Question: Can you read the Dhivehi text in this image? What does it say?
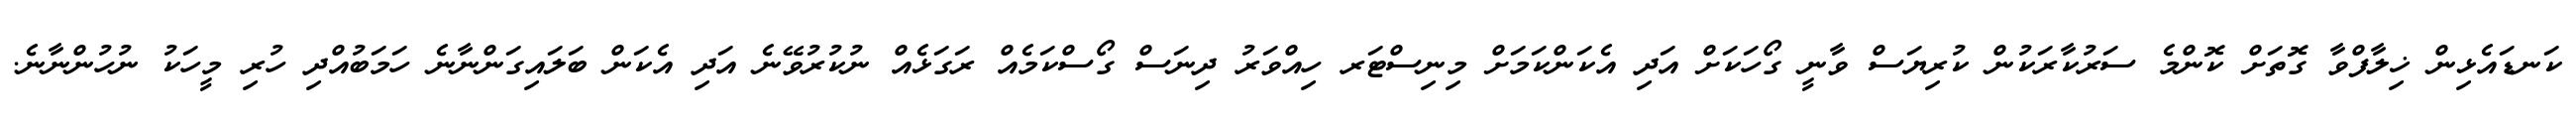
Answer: ކަނޑައެޅިން ޚިލާފްވާ ގޮތަށް ކޮންމެ ސަރުކާރަކުން ކުރިޔަސް ވާނީ ގޯހަކަށް އަދި އެކަންކަމަށް މިނިސްޓަރ ހިއްވަރު ދިނަސް ގޯސްކަމެއް ރަގަޅެއް ނުކުރުވޭނެ އަދި އެކަން ބަލައިގަންނާނެ ހަމަބުއްދި ހުރި މީހަކު ނުހުންނާނެ.